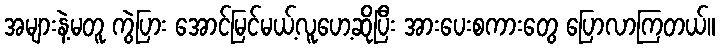
အများနဲ့မတူ ကွဲပြား အောင်မြင်မယ့်လူဟေ့ဆိုပြီး အားပေးစကားတွေ ပြောလာကြတယ်။